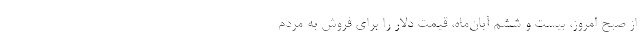
از صبح امروز، بیست و ششم آبان‌ماه، قیمت دلار را برای فروش به مردم